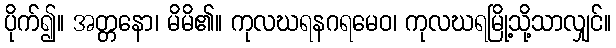
ပိုက်၍။ အတ္တနော၊ မိမိ၏။ ကုလဃရနဂရမေဝ၊ ကုလဃရမြို့သို့သာလျှင်။